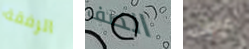
الرفقة الصف عرضك